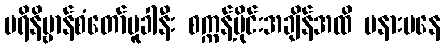
ပရိနိဗ္ဗာန်စံတော်မူခါနီး စက္ကန့်ပိုင်းအချိန်အထိ မနားမနေ